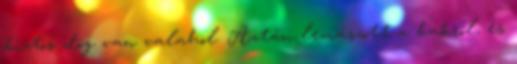
biztos dög van valahol. Aztán lemászott a bakról, és